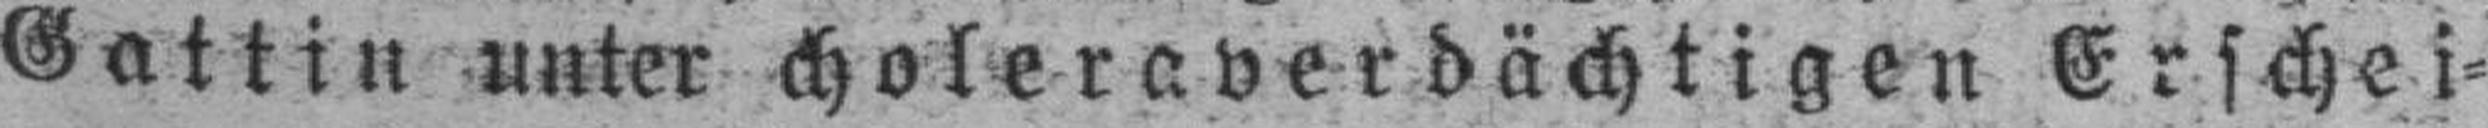
Gattin unter choleraverdächtigen Erschei¬